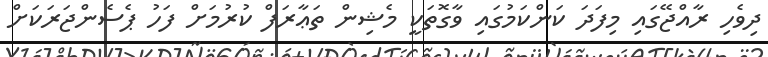
ދިވެހި ރާއްޖޭގައި މިފަދަ ކަންކަމުގައި ވާގޮތަކީ މެޝިން ތަޢާރަފް ކުރުމަށް ފަހު ޕެސެންޖަރަކަށް